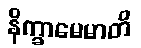
နိက္ခာမေမာတိ